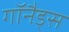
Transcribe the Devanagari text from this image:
गॉनैड्स